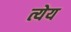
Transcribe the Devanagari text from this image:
त्येय